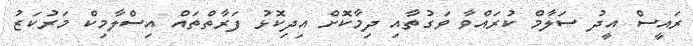
ރައީސް އީދު ސަލާމް ކުރައްވާ ވަގުތާއި ދިމާކޮށް އިދިކޮޅު ފަރާތްތައް އިސްލާމިކް މަރުކަޒު